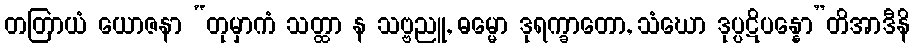
တတြာယံ ယောဇနာ “တုမှာကံ သတ္ထာ န သဗ္ဗညူ, ဓမ္မော ဒုရက္ခာတော, သံဃော ဒုပ္ပဋိပန္နော”တိအာဒီနိ